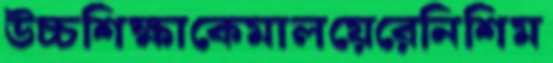
উচ্চশিক্ষাকেমালয়েরেনিশিম